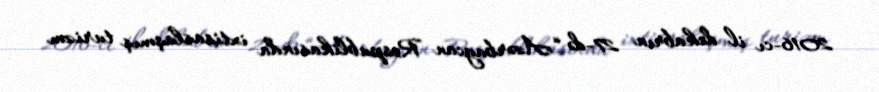
2016-cı il dekabrın 27-də “Azərbaycan Respublikasında ixtisaslaşmış turizm